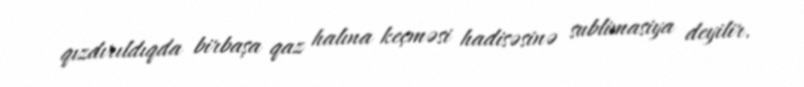
qızdırıldıqda birbaşa qaz halına keçməsi hadisəsinə sublimasiya deyilir.